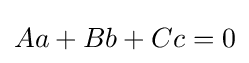
Aa+Bb+Cc=0